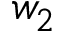
w _ { 2 }